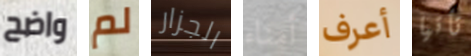
واضح لم الجزار أمناء أعرف تأتيا